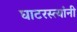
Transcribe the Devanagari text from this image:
घाटरस्त्यांनी